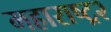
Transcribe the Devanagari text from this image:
महाराष्ट्र२